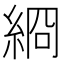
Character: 綗